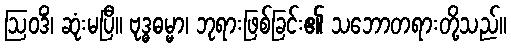
ဩဝဒိံ၊ ဆုံးမပြီ။ ဗုဒ္ဓဓမ္မာ၊ ဘုရားဖြစ်ခြင်း၏ သဘောတရားတို့သည်။